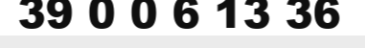
39 0 0 6 13 36